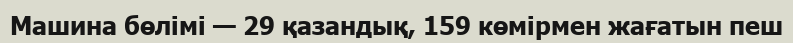
Машина бөлімі — 29 қазандық, 159 көмірмен жағатын пеш